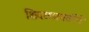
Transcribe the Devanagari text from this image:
शिवछञपतींने